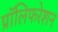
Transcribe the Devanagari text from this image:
प्रॉलिफरेशन